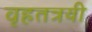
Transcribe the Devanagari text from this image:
वृहतत्रयी